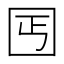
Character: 𡆸